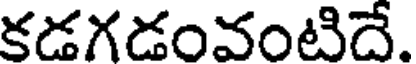
కడగడంవంటిదే.